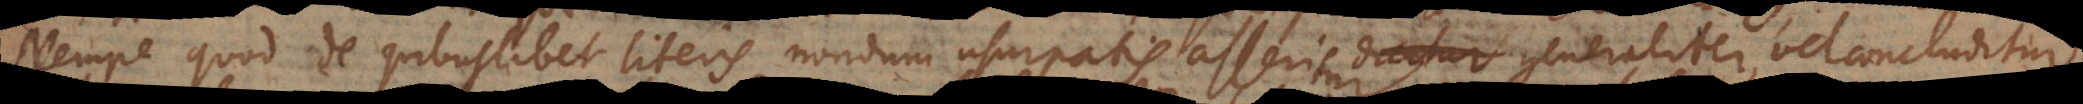
Nempe quod de quibuslibet literis nondum usurpatis asseritur generaliter